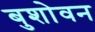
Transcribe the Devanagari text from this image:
बुशोवन